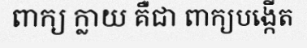
ពាក្យ ក្លាយ គឺជា ពាក្យបង្កើត